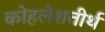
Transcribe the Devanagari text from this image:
कोहलेशतीर्थ